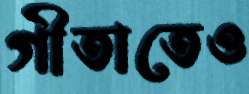
গীতাতেও